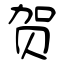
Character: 贺